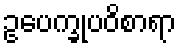
ဥပေက္ခုပဝိစာရာ